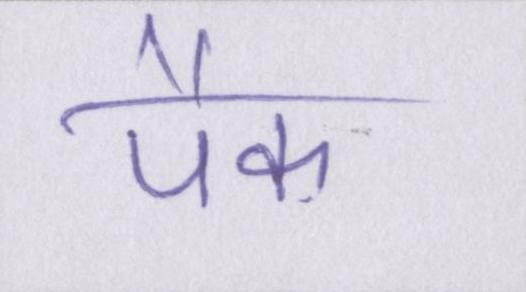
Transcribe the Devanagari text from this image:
पैक